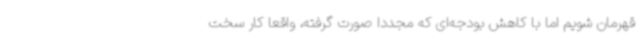
قهرمان شویم اما با کاهش بودجه‌ای که مجددا صورت گرفته، واقعا کار سخت